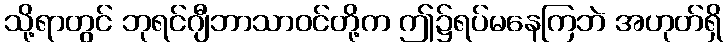
သို့ရာတွင် ဘုရင်ဂျီဘာသာဝင်တို့က ဤ၌ရပ်မနေကြဘဲ အဟုတ်ရှိ